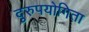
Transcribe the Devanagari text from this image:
दुरुपयोगिता